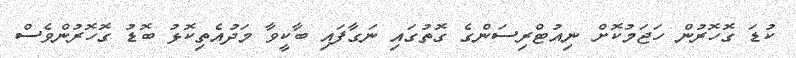
ކުޑަ ގޮހޮރުން ހަޖަމުކޮށް ނިއުޓްރިސަންގެ ގޮތުގައި ނަގާފައި ބާކީވާ މަދުއެތިކޮޅު ބޮޑު ގޮހޮރުންވެސް